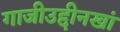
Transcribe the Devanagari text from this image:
गाजीउद्दीनखां